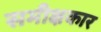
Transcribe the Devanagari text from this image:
समीक्षकार